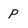
Character: P